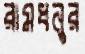
রামধনুর